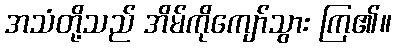
အသံတို့သည် အိမ်ကိုကျော်သွား ကြ၏။